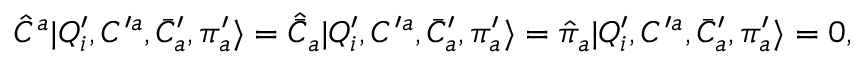
{ \hat { \cal C } } ^ { a } | Q _ { i } ^ { \prime } , { \cal C } ^ { \prime a } , \bar { \cal C } _ { a } ^ { \prime } , { \pi } _ { a } ^ { \prime } \rangle = \hat { \bar { \cal C } } _ { a } | Q _ { i } ^ { \prime } , { \cal C } ^ { \prime a } , \bar { \cal C } _ { a } ^ { \prime } , { \pi } _ { a } ^ { \prime } \rangle = { \hat { \pi } } _ { a } | Q _ { i } ^ { \prime } , { \cal C } ^ { \prime a } , \bar { \cal C } _ { a } ^ { \prime } , { \pi } _ { a } ^ { \prime } \rangle = 0 ,